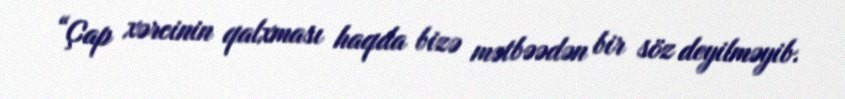
“Çap xərcinin qalxması haqda bizə mətbəədən bir söz deyilməyib.